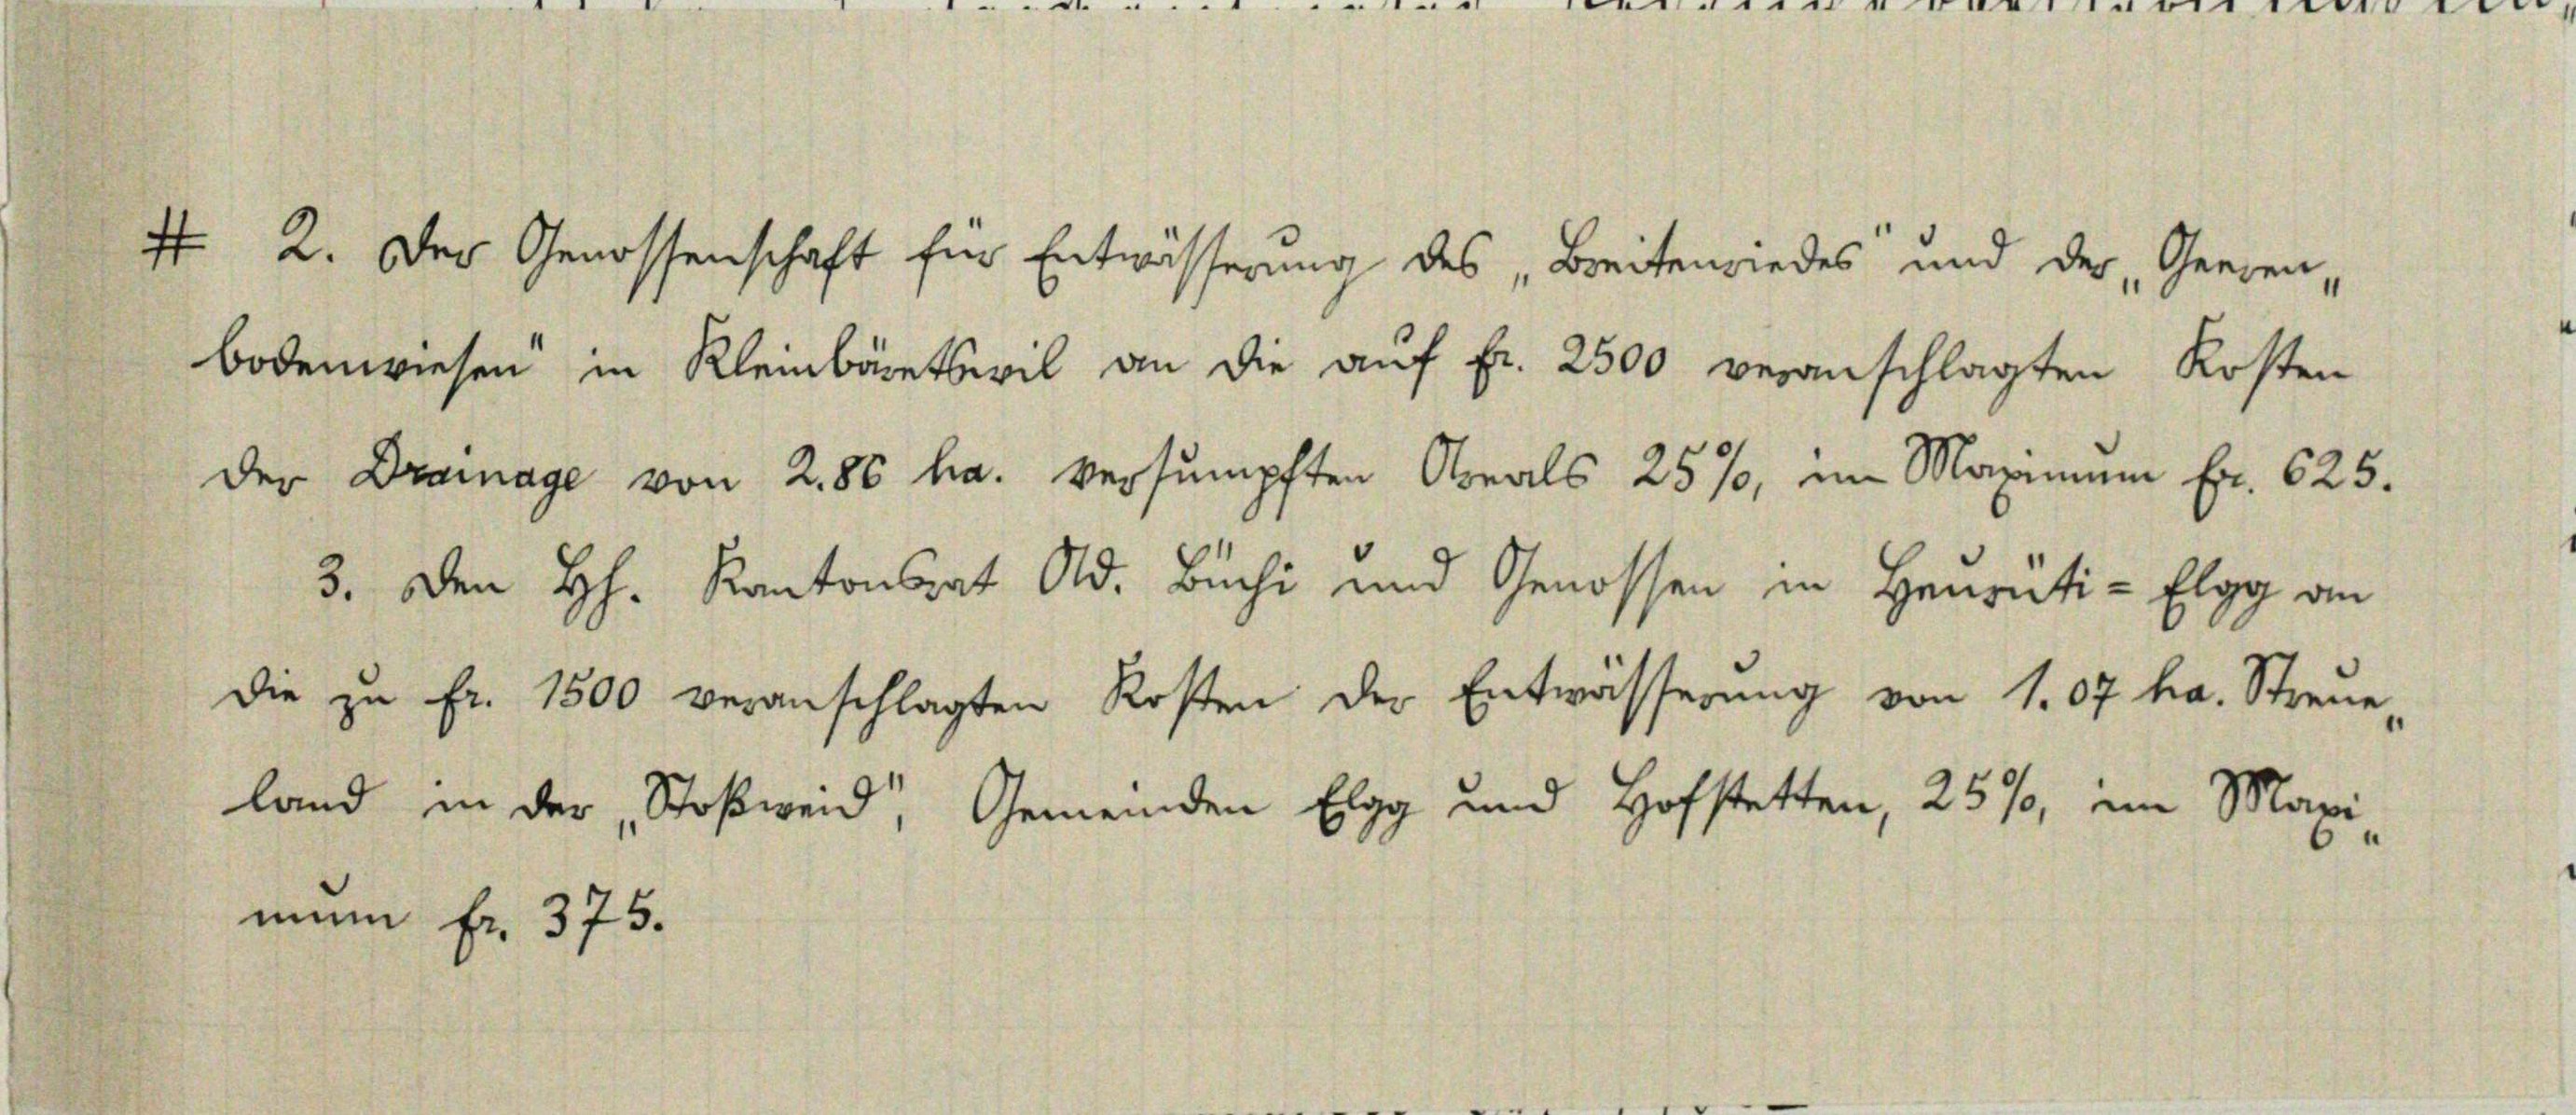
f
bodenwiesen in Kleinbäretswil an die auf fr. 2500 veranschlagten Kosten

mum fr. 375.

Der Drainage von 2,86 ha. versumpften Areals 25%, im Maximum Fr. 625.

227

.. .. .

e

2. Der Genossenschaft für Entwässerung des „Breitenwiedes und der „Geeren,

3. Den H. Kantonsrat Ad. Büchi und Genossen in Heurüti-Elgg an
die zŭ fr. 1500 veranschlagten Rosten der Entwässerŭng von 107 ha. Streue-
land in der „Stoßweid, Gemeinden Elgg und Hofstetten, 25%, im Maxi¬

e